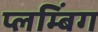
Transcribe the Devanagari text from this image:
प्लम्बिंग